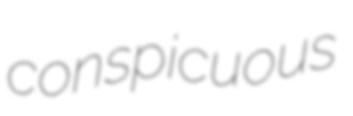
conspicuous